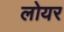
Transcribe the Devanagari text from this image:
लोयर